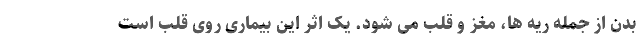
بدن از جمله ریه ها، مغز و قلب می شود. یک اثر این بیماری روی قلب است